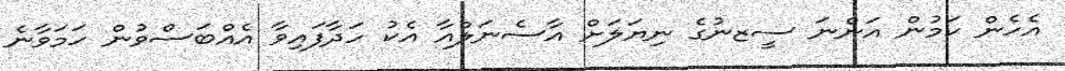
އެހެން ކަމުން އަންނަ ސީޒނުގެ ނިޔަލަށް އާސެނަލްއާ އެކު ހަދާފައިވާ އެއްބަސްވުން ހަމަވާނެ